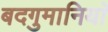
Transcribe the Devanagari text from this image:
बदगुमानियाॅ